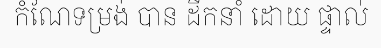
កំណែទម្រង់ បាន ដឹកនាំ ដោយ ផ្ទាល់